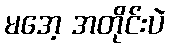
မအေ့ အတိုင်းပဲ